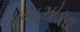
વાવાઝોડાના